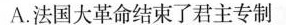
A.法国大革命结束了君主专制